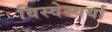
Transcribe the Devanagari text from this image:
विस्वेस्वर्या